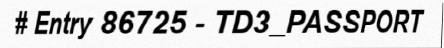
# Entry 86725 - TD3_PASSPORT